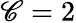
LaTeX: \mathscr{C}=2